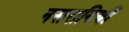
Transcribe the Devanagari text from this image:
नसरानियों